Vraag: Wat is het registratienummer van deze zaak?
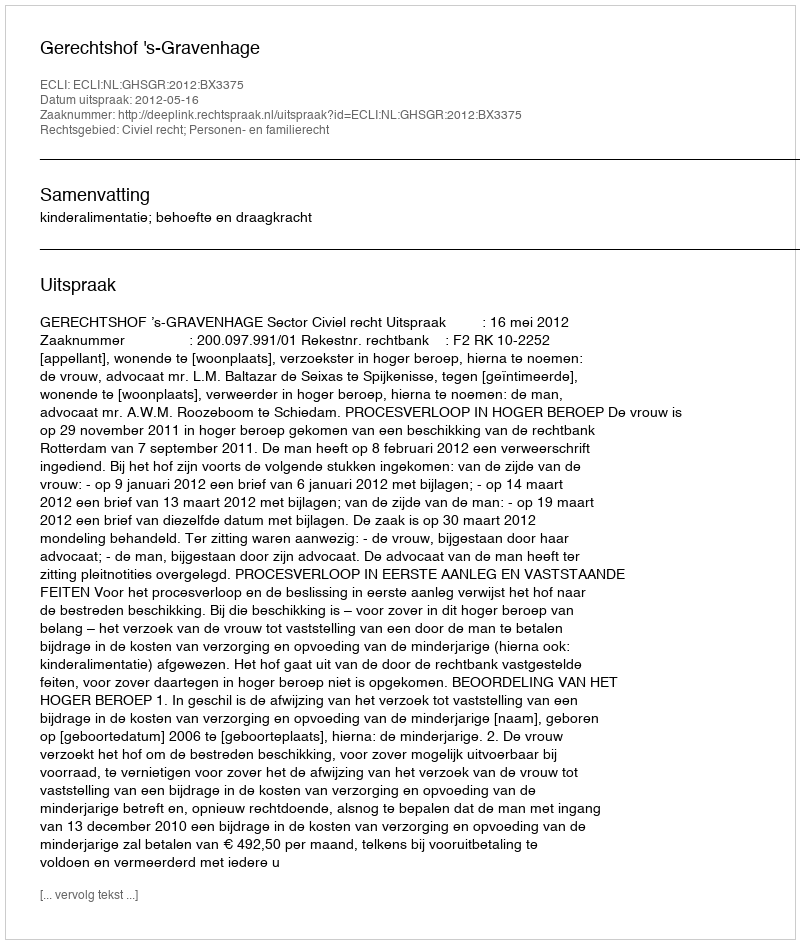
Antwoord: http://deeplink.rechtspraak.nl/uitspraak?id=ECLI:NL:GHSGR:2012:BX3375